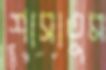
শাসাতুম